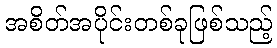
အစိတ်အပိုင်းတစ်ခုဖြစ်သည့်